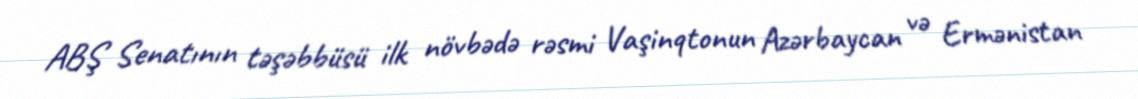
ABŞ Senatının təşəbbüsü ilk növbədə rəsmi Vaşinqtonun Azərbaycan və Ermənistan